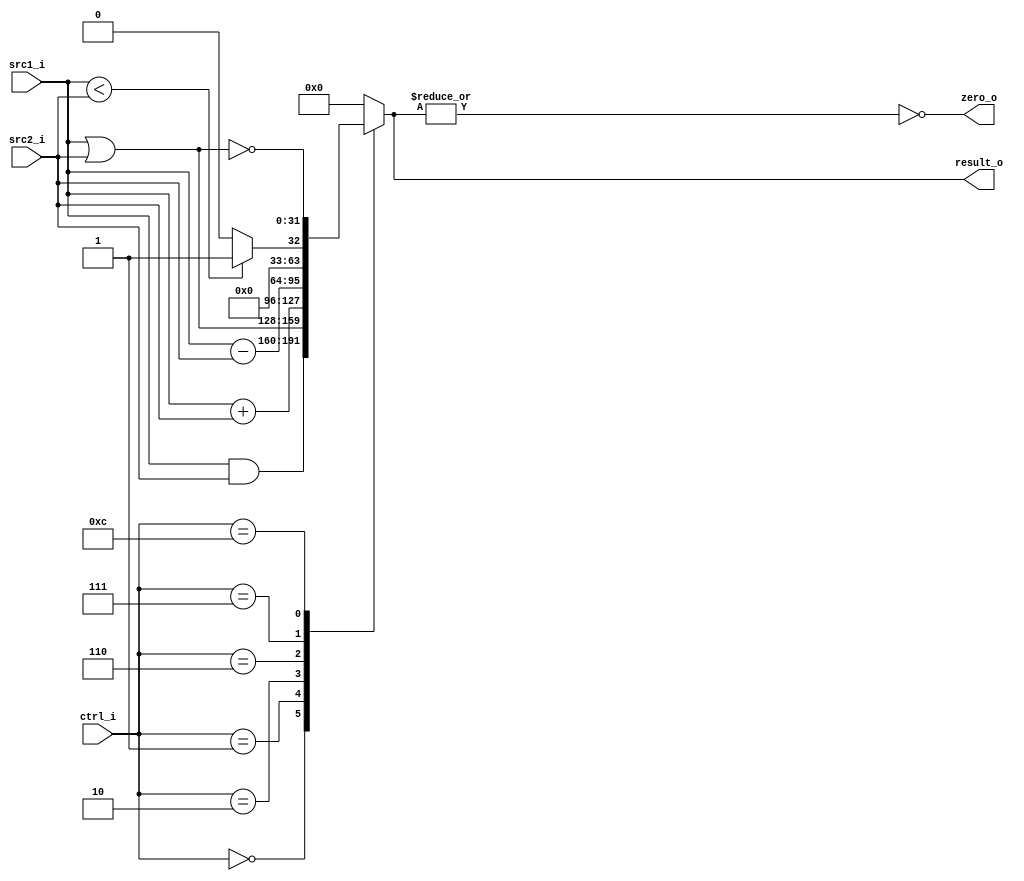
`timescale 1ns/1ps


module ALU(
	src1_i,
	src2_i,
	ctrl_i,
	result_o,
	zero_o
);

// I/O ports
input signed [32-1:0]  src1_i, src2_i;
input [4-1:0] ctrl_i;
output reg [32-1:0] result_o;
output zero_o;

// Main function
always @(ctrl_i, src1_i, src2_i) begin
	case (ctrl_i)
		0: result_o <= src1_i & src2_i;
		1: result_o <= src1_i | src2_i;
		2: result_o <= src1_i + src2_i;
		6: result_o <= src1_i - src2_i;
		7: result_o <= src1_i < src2_i ? 1 : 0;
		12: result_o <= ~(src1_i | src2_i);
		default: result_o <= 0;
	endcase
end

assign zero_o = ~|result_o;

endmodule